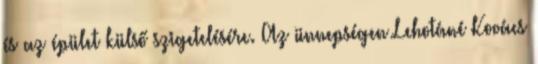
és az épület külső szigetelésére. Az ünnepségen Lehotáné Kovács